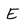
Character: E